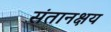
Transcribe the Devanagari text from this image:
संतानक्षय